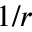
1 / r